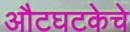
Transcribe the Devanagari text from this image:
औटघटकेचे